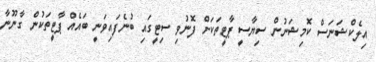
އިލެކްޝަނަސް ކޮމިޝަނުން ސިޔާސީ ޕާޓީތަކަަށް ފޮނުވި ސިޓީގައި ބުނެފައިވަނީ ބައެއް ޕާޓީތަކުން ގާނޫނާ